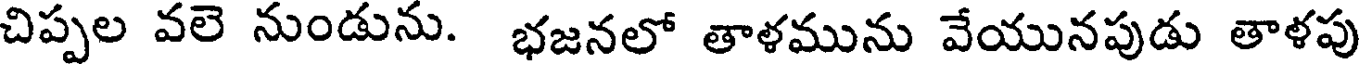
చిప్పల వలె నుండును. భజనలో తాళమును వేయునపుడు తాళపు